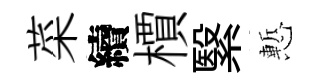
菜續檟繄慙